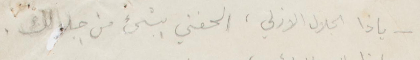
ياذا الجلال الأزلي، الحفني بشيء من جلالك